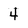
Character: 4